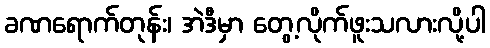
ခဏရောက်တုန်း၊ အဲဒီမှာ တွေ့လိုက်ဖူးသလားလို့ပါ